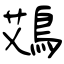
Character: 鴱